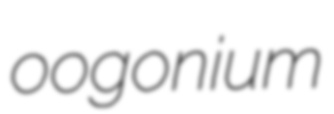
oogonium